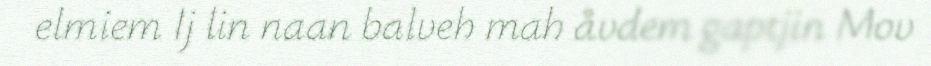
elmiem Ij lin naan balveh mah åvdem gaptjin Mov